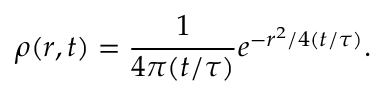
\rho ( r , t ) = \frac { 1 } { 4 \pi ( t / \tau ) } e ^ { - r ^ { 2 } / 4 ( t / \tau ) } .